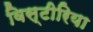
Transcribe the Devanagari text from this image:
विस्टीरिया